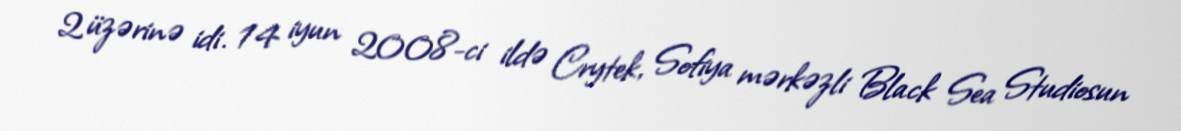
2 üzərinə idi. 14 iyun 2008-ci ildə Crytek, Sofiya mərkəzli Black Sea Studiosun